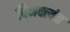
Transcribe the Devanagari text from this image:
विभक्त्यंत